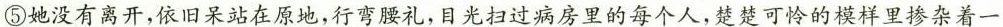
⑤她没有离开，依旧呆站在原地，行弯腰礼，目光扫过病房里的每个人，楚楚可怜的模样里掺杂着一